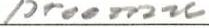
proomu